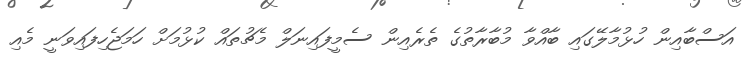
އަސްބާއިން ހުޅުމާލޭގައި ބާއްވާ މުބާރާތުގެ ތެރެއިން ސެމީފައިނަލް މެޗުތައް ކުޅުމަށް ހަމަޖެހިފައިވަނީ މެއި